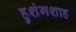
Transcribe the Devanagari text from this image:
हुशंगशाह